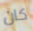
كان